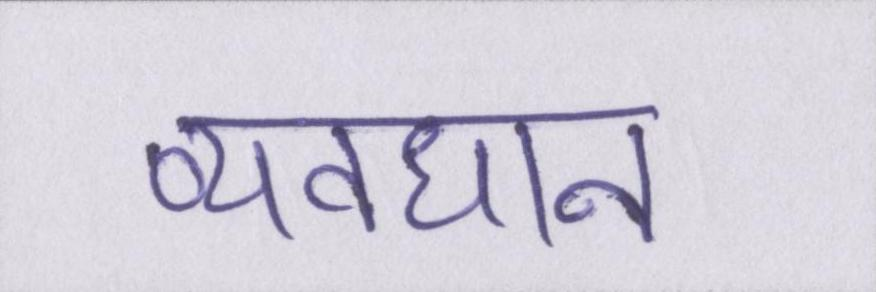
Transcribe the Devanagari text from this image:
व्यवधान